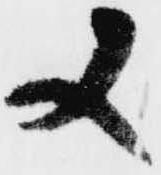
又